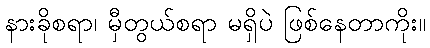
နားခိုစရာ၊ မှီတွယ်စရာ မရှိပဲ ဖြစ်နေတာကိုး။